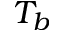
T _ { b }